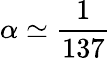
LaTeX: \alpha\simeq{\frac{1}{137}}